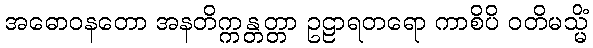
အဓောဝနတော အနတိက္ကန္တတ္တာ ဥဠာရတရော ကာစိပိ ဝတိမသ္မိံ